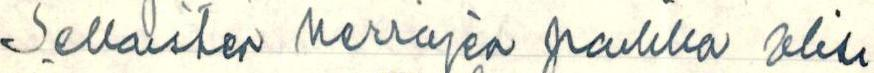
Sellasten herrojen paikka olisi